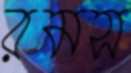
রমস